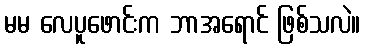
မမ လေပူဖောင်းက ဘာအရောင် ဖြစ်သလဲ။